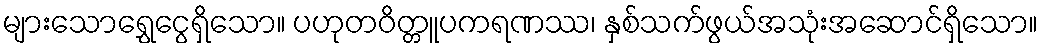
များသောရွှေငွေရှိသော။ ပဟုတဝိတ္တူပကရဏဿ၊ နှစ်သက်ဖွယ်အသုံးအဆောင်ရှိသော။